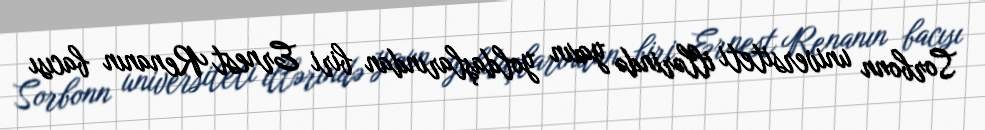
Sorbonn universiteti illərində yaxın yoldaşlarından biri Ernest Renanın bacısı